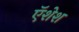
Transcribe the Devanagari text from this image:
ऍशेश